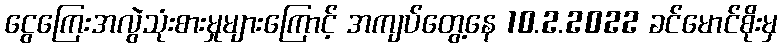
ငွေကြေးအလွဲသုံးစားမှုများကြောင့် အကျပ်တွေ့နေ 10.2.2022 ခင်မောင်စိုးမှ